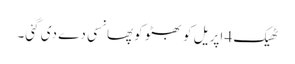
ٹھیک 4 اپریل کو بھٹو کوپھانسی دے دی گئی۔